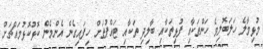
މުޅިމާލެ ހަލަބޮލިވެ ހަންތަކާއި ފުޅިތަކާއި ބާލިދި ތަކާއި ޓައްޕުތަށް ހިފައިގެން އެންމެން ކޮޅުކޮޅުމައްޗަށް